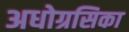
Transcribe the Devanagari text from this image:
अधोग्रसिका